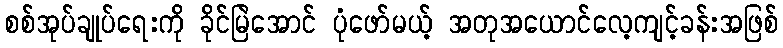
စစ်အုပ်ချုပ်ရေးကို ခိုင်မြဲအောင် ပုံဖော်မယ့် အတုအယောင်လေ့ကျင့်ခန်းအဖြစ်